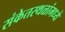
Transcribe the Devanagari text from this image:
संकेतस्थळांमध्ये